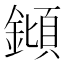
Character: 𨫫